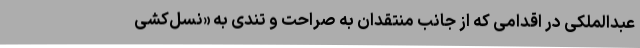
عبدالملکی در اقدامی که از جانب منتقدان به صراحت و تندی به «نسل‌کشی